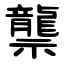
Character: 龒